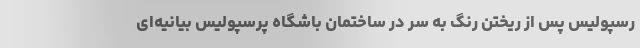
رسپولیس پس از ریختن رنگ به سر درِ ساختمان باشگاه پرسپولیس بیانیه‌ای